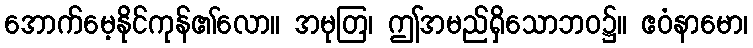
အောက်မေ့နိုင်ကုန်၏လော။ အမုတြ၊ ဤအမည်ရှိသောဘဝ၌။ ဧဝံနာမော၊